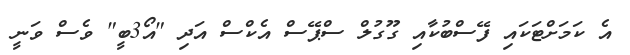
އެ ކަމަށްޓަކައި ފޭސްބުކާއި ގޫގުލް ސްޕޭސް އެކްސް އަދި "އޯ3ބީ" ވެސް ވަނީ